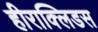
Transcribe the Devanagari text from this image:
हीराक्लिडस